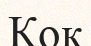
Кок